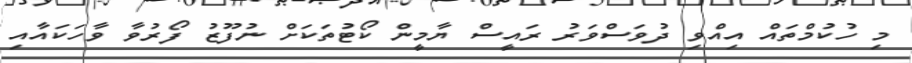
މި ހުކުމްތައް އިއްވި ދުވަސްވަރު ރައީސް ޔާމީން ކޯޓުތަކަށް ނުފޫޒު ފޯރުވާ ވާހަކައާއި